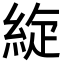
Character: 𦀢